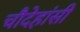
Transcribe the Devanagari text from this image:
चौदेहांसी